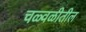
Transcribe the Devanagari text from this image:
चळ्वळीतील